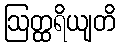
ဩတ္ထရိယျတိ